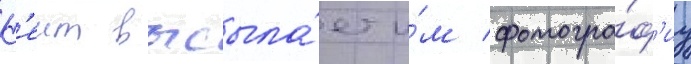
К'еит высыла́ет и́м фотогра́ф'иу